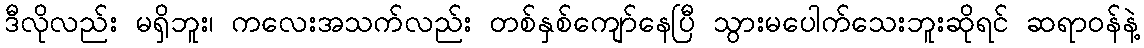
ဒီလိုလည်း မရှိဘူး၊ ကလေးအသက်လည်း တစ်နှစ်ကျော်နေပြီ သွားမပေါက်သေးဘူးဆိုရင် ဆရာဝန်နဲ့